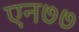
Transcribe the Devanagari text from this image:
एन७७